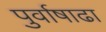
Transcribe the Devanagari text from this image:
पुर्वाषाढा